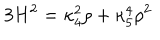
3 H ^ { 2 } = \kappa _ { 4 } ^ { 2 } \rho + \kappa _ { 5 } ^ { 4 } \rho ^ { 2 }